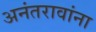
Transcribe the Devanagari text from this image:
अनंतरावांना